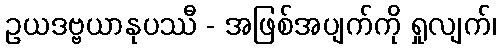
ဥယဒဗ္ဗယာနုပဿီ - အဖြစ်အပျက်ကို ရှုလျက်၊